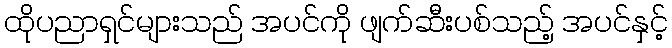
ထိုပညာရှင်များသည် အပင်ကို ဖျက်ဆီးပစ်သည့် အပင်နှင့်